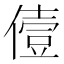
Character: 𠍼